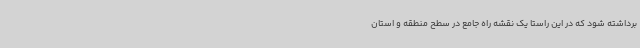
برداشته شود که در این راستا یک نقشه راه جامع در سطح منطقه و استان